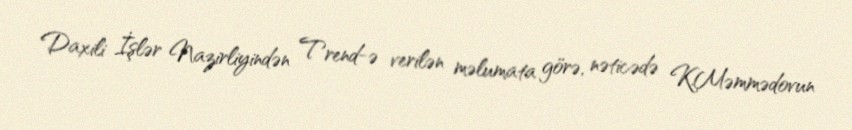
Daxili İşlər Nazirliyindən Trend-ə verilən məlumata görə, nəticədə K.Məmmədovun